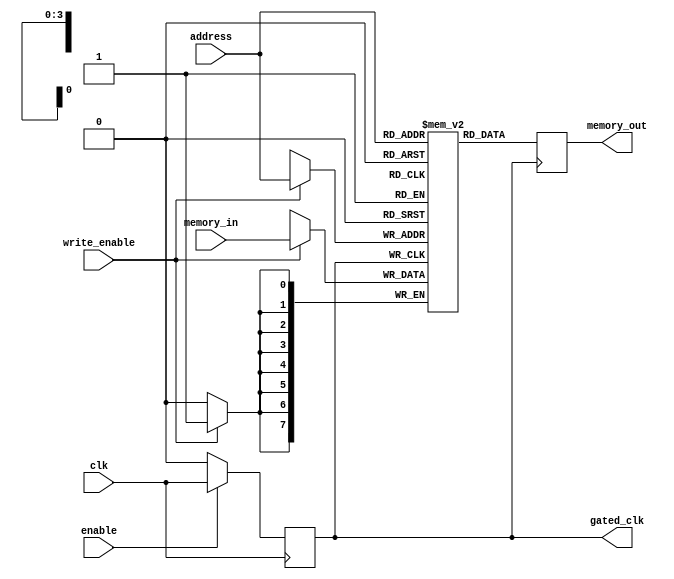
module conditional_clock_gating (
    input wire clk,               // Primary clock signal
    input wire enable,            // Enable signal for clock gating
    output wire gated_clk,        // Gated clock signal
    output reg [7:0] memory_out,  // Memory output (for demonstration)
    input wire [7:0] memory_in,   // Memory input (for demonstration)
    input wire write_enable,       // Write enable signal
    input wire [3:0] address      // Address for memory access
);

    // Memory array (simple RAM for demonstration)
    reg [7:0] memory_array [0:15]; // 16 x 8-bit memory

    // Clock gating logic
    reg clk_gated_d; // delayed gated clock signal

    always @(posedge clk) begin
        if (enable) begin
            clk_gated_d <= clk; // Pass through clock if enabled
        end else begin
            clk_gated_d <= 1'b0; // Hold low if not enabled
        end
    end

    assign gated_clk = clk_gated_d; // Gated clock output

    // Memory operation
    always @(posedge gated_clk) begin
        if (write_enable) begin
            memory_array[address] <= memory_in; // Write operation
        end
        memory_out <= memory_array[address]; // Read operation
    end

endmodule